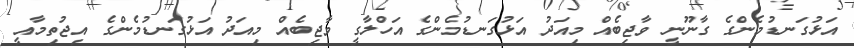
އަޅުގަނޑުމެންގެ ގާނޫނީ ވާޖިބެއް މިއަދު އަޅުގަނޑުމެންގެ އަހްލާގީ ވާޖިބެއް މިއަދު އަޅުގަނޑުމެންގެ އިޖުތިމާއީ